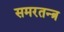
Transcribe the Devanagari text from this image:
समरतन्त्र